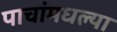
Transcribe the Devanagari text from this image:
पाचांमधल्या